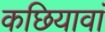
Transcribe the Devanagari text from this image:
कछियावां